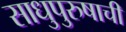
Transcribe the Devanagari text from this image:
साधुपुरुषाची